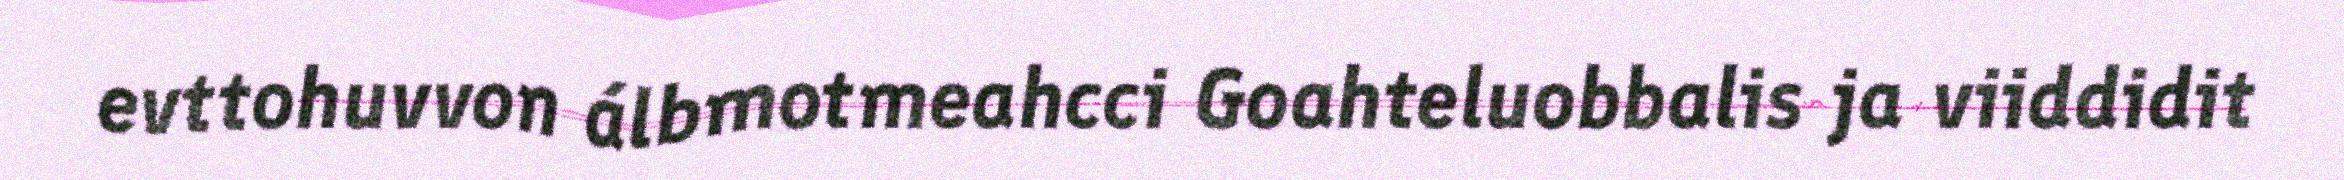
evttohuvvon álbmotmeahcci Goahteluobbalis ja viiddidit